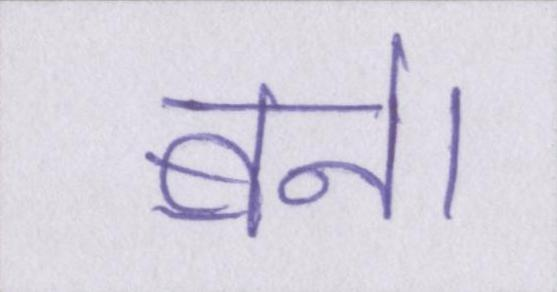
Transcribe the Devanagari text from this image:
बने।